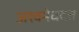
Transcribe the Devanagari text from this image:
अश्वमेधदत्त